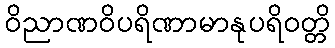
ဝိညာဏဝိပရိဏာမာနုပရိဝတ္တိ